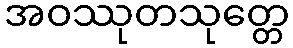
အဝဿုတသုတ္တေ